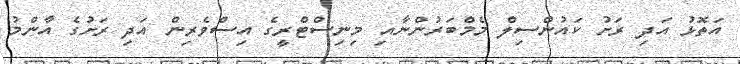
އަތޮޅު އަދި ރަށު ކައުންސިލް މެމްބަރުންނާއި މިނިސްޓްރީގެ އިސްވެރިން އަދި ރަށުގެ އާންމު